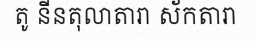
តូ នីនតុលាតារា ស័កតារា